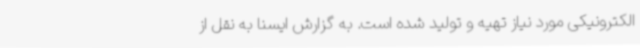
الکترونیکی مورد نیاز تهیه و تولید شده است. به گزارش ایسنا به نقل از